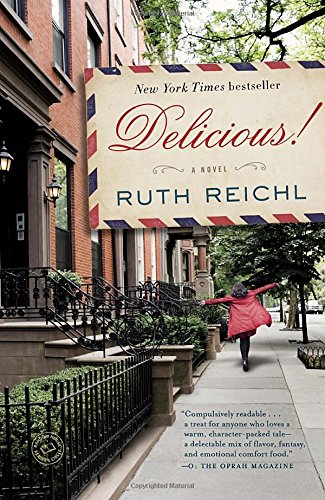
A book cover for Delicious!: A Novel; Ruth Reichl; Literature & Fiction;